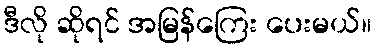
ဒီလို ဆိုရင် အမြန်ကြေး ပေးမယ်။